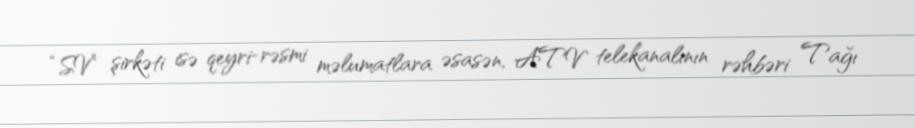
“SV” şirkəti isə qeyri-rəsmi məlumatlara əsasən, ATV telekanalının rəhbəri Tağı